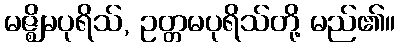
မဇ္ဈိမပုရိသ်, ဥတ္တမပုရိသ်တို့ မည်၏။